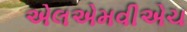
એલએમવીએચ